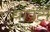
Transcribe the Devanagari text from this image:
धावटा